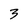
Character: 3